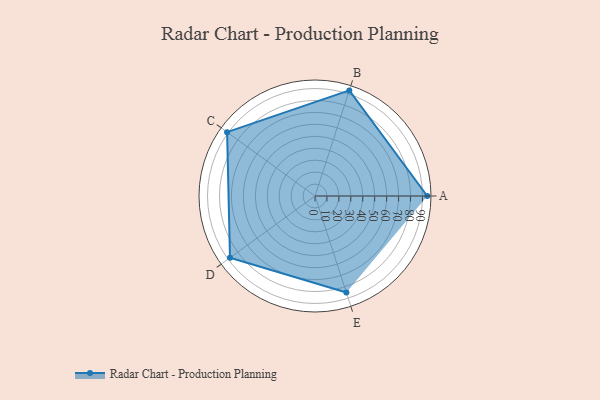
{"axis": {"x": "Skill", "y": "Score"}, "legend": ["Profile"], "data": [{"x": "A", "y": 94.0, "type": "Profile"}, {"x": "B", "y": 93.0, "type": "Profile"}, {"x": "C", "y": 91.0, "type": "Profile"}, {"x": "D", "y": 88.0, "type": "Profile"}, {"x": "E", "y": 85.0, "type": "Profile"}]}